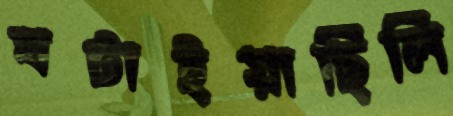
ঘটাইয়াছিলি